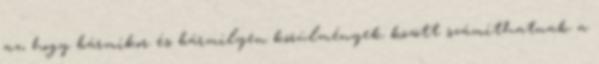
az, hogy bármikor és bármilyen körülmények között számíthatnak a